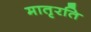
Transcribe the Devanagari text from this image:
मातृरति